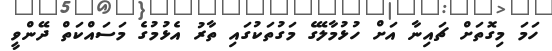
ހަމަ މިގޮތަށް ޗައިނާ އަށް ހުޅުމާލޭގެ މަގުތަކުގައި ތާރު އެޅުމުގެ މަސައްކަތް ދޭންވީ